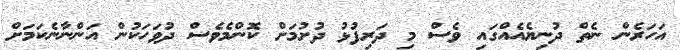
އަހަރެން ނެތް ދުނިޔެއެއްގައި ވެސް މި ދަރިފުޅު ދުށުމަށް ކޮންމެވެސް ދުވަހަކުން އަންނާނެކަމަށް